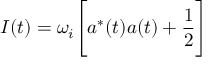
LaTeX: I ( t ) = \omega _ { i } \Biggl [ a ^ { * } ( t ) a ( t ) + \frac { 1 } { 2 } \Biggr ]